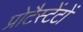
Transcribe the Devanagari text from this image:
प्रोटैस्टेंटों